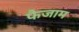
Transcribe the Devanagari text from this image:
फैजाम